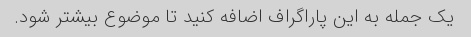
یک جمله به این پاراگراف اضافه کنید تا موضوع بیشتر شود.